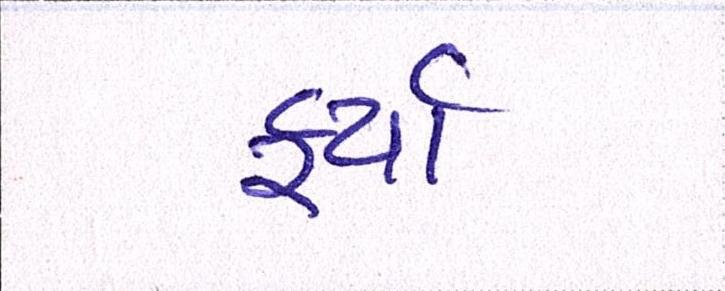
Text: ફર્યા